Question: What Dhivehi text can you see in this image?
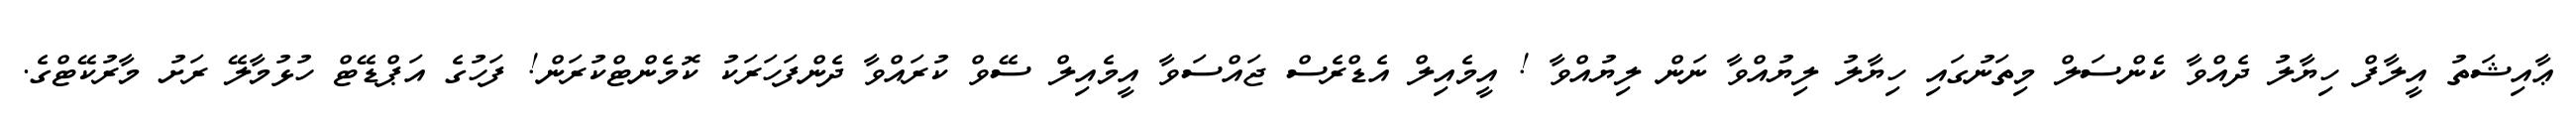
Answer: ޢާއިޝަތު އީލާފް ހިޔާލު ދެއްވާ ކެންސަލް މިތަނުގައި ހިޔާލު ލިޔުއްވާ ނަން ލިޔުއްވާ ! އީމެއިލް އެޑްރެސް ޖައްސަވާ އީމެއިލް ސޭވް ކުރައްވާ ދެންފަހަރަކު ކޮމެންޓްކުރަން! ފަހުގެ އަޕްޑޭޓް ހުޅުމާލޭ ރަށު މާރުކޭޓްގެ.